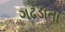
ગઢડાતા